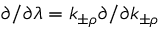
\partial / \partial \lambda = k _ { \pm \rho } \partial / \partial k _ { \pm \rho }